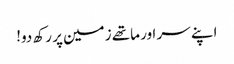
اپنے سر اور ماتھے زمین پر رکھ دو!